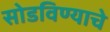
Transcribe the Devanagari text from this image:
सोडविण्‍याचे